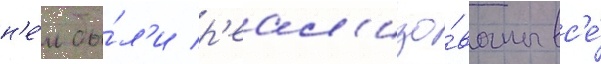
н'е́м бы́л'и р'еал'изо́ваны вс'е́